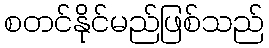
စတင်နိုင်မည်ဖြစ်သည်